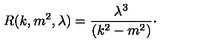
R ( k , m ^ { 2 } , \lambda ) = \frac { \lambda ^ { 3 } } { ( k ^ { 2 } - m ^ { 2 } ) } \cdot